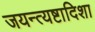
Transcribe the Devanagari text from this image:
जयन्त्यष्टादिशा